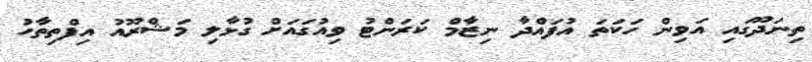
ތިނަދޫގައި އަވިން ހަކަތަ އުފައްދާ ނިޒާމް ކަރަންޓު ވިއުގައަށް ގުޅާލި މަޝްރޫއު އިފްތިތާހު